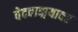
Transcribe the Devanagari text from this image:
वेदवाङ्मयावर